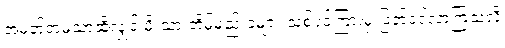
အမှတ်တမဲ့သာဆိုလျှင် မိုးသားတိမ်မည်းခဲများ သစ်ပင်ကြားမှ ဖြတ်ဝင်လာကြသလို